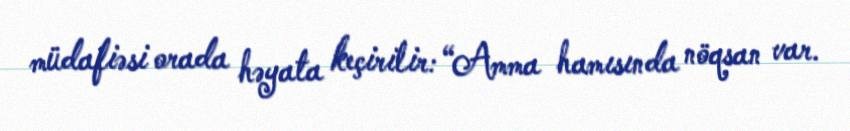
müdafiəsi orada həyata keçirilir: “Amma hamısında nöqsan var.